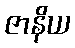
ဇာနိယ